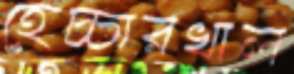
হেচ্চারখাল